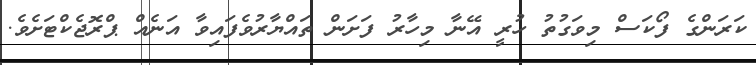
ކަރަންގެ ފޯކަސް މިވަގުތު ހުރީ އޭނާ މިހާރު ފަށަން ތައްޔާރުވެފައިވާ އަނެއް ޕްރޮޖެކްޓަށެވެ.